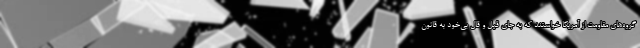
گروه‌های مقاومت از آمریکا خواستند که به جای قیل و قال بی‌خود به قانون